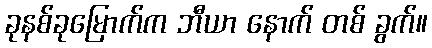
ခုနစ်ခုမြောက်က ဘီယာ နောက် တစ် ခွက်။